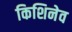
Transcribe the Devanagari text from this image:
किशिनेव